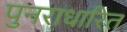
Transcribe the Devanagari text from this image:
पुनराधारित